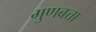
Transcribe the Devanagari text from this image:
गुणबत्ता